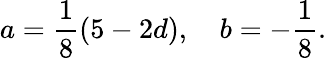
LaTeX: a=\frac{1}{8}\left(5-2d\right),\quad b=-\frac{1}{8}.